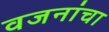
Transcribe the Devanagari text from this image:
वजनांचा